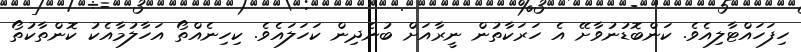
ހިފަހައްޓާލިއެވެ. ކަންބޮޑުނުވާށޭ އެ ހަރަކާތުން ނީރާއަށް ބުނެދިން ކަހަލައެވެ. ކިހިނެއްތޯ އަހާލުމާއެކު ކޮންތާކުތޯ